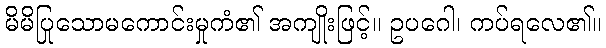
မိမိပြုသောမကောင်းမှုကံ၏ အကျိုးဖြင့်။ ဥပဂေါ၊ ကပ်ရလေ၏။